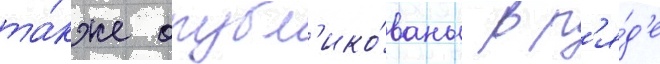
та́кже опубл'ико́ваны в р'я́д'е